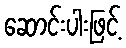
ဆောင်းပါးဖြင့်